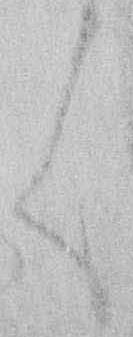
く